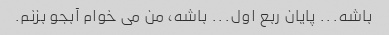
باشه... پایان ربع اول... باشه، من می خوام آبجو بزنم.